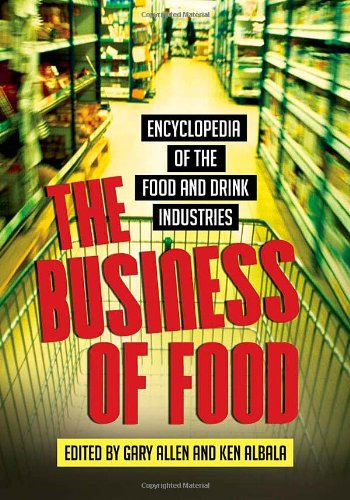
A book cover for The Business of Food: Encyclopedia of the Food and Drink Industries; Ken Albala; Humor & Entertainment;